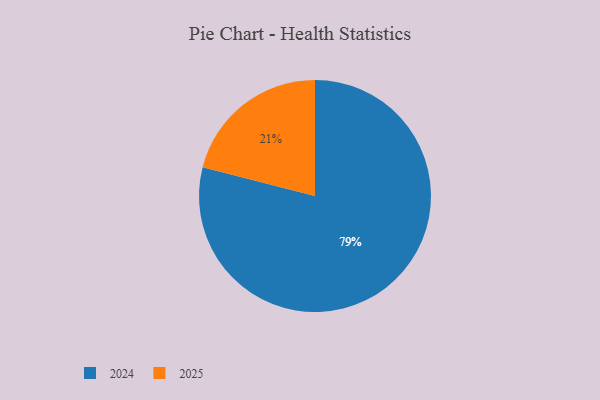
{"axis": {"x": "Category", "y": "Percentage"}, "legend": ["2024", "2025"], "data": [{"x": "2025", "y": 21, "type": "2025"}, {"x": "2024", "y": 79, "type": "2024"}]}